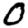
Digit: 0